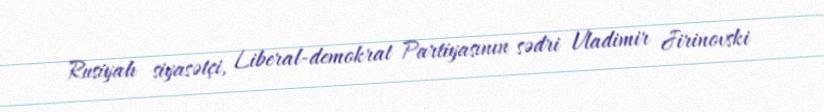
Rusiyalı siyasətçi, Liberal-demokrat Partiyasının sədri Vladimir Jirinovski